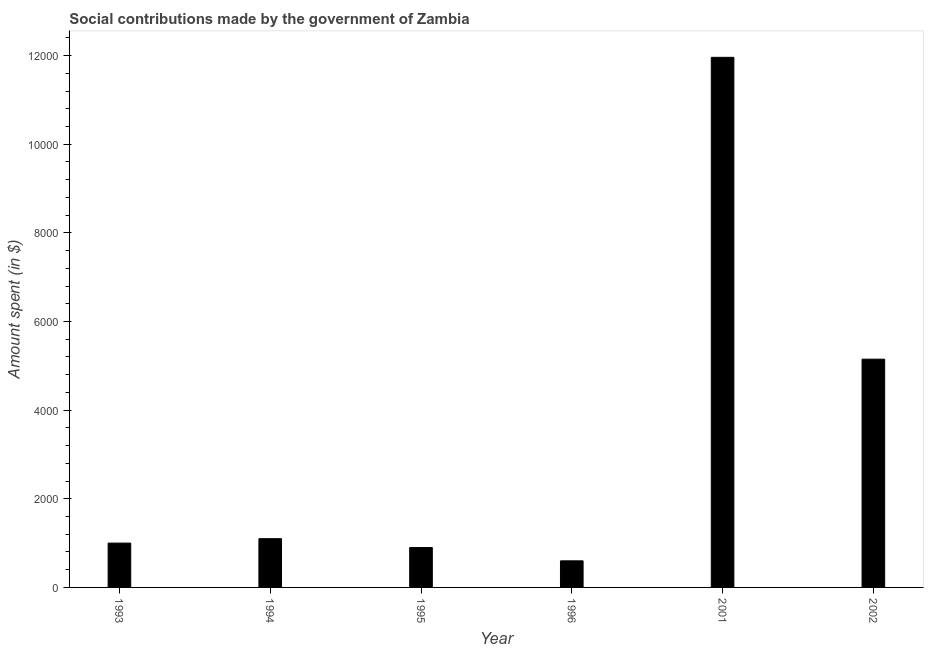
| Year | Social contributions |
 | --- | --- |
 | 1993 | 1e+03 |
 | 1994 | 1.1e+03 |
 | 1995 | 900 |
 | 1996 | 600 |
 | 2001 | 1.2e+04 |
 | 2002 | 5.15e+03 |